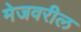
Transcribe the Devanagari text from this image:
मेजवरील